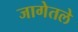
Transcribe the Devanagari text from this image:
जागेतले